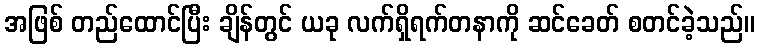
အဖြစ် တည်ထောင်ပြီး ချိန်တွင် ယခု လက်ရှိရက်တနာကို ဆင်ခေတ် စတင်ခဲ့သည်။